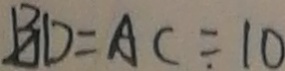
B D = A C = 1 0